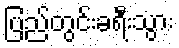
ပြည်တွင်းခရီးသွား